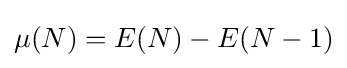
\mu (N)=E(N)-E(N-1)